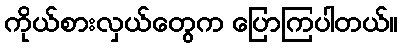
ကိုယ်စားလှယ်တွေက ပြောကြပါတယ်။